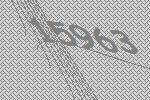
15963